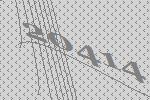
20414